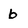
Character: b